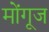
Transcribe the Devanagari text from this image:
मोंगूज